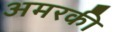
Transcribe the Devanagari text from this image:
अमरकी